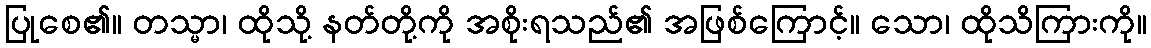
ပြုစေ၏။ တသ္မာ၊ ထိုသို့ နတ်တို့ကို အစိုးရသည်၏ အဖြစ်ကြောင့်။ သော၊ ထိုသိကြားကို။